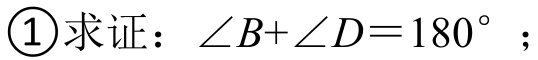
\textcircled{1}求证：\(\angle B + \angle D = 180^{\circ}\)；